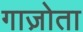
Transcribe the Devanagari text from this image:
गाज़ोता